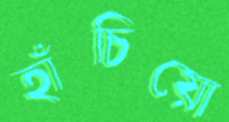
হাঁচিয়ো